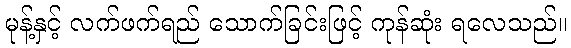
မုန့်နှင့် လက်ဖက်ရည် သောက်ခြင်းဖြင့် ကုန်ဆုံး ရလေသည်။